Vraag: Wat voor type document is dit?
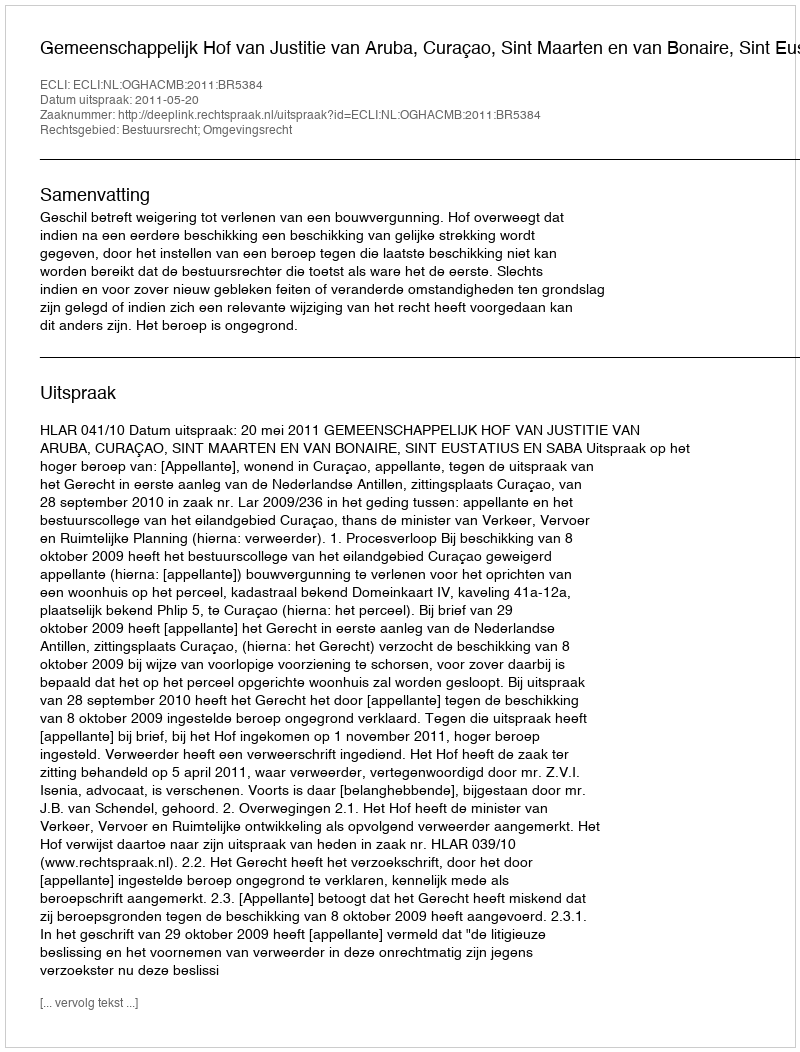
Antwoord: Uitspraak